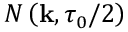
N \left( \mathbf { k } , \tau _ { 0 } / 2 \right)